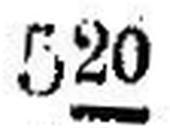
520